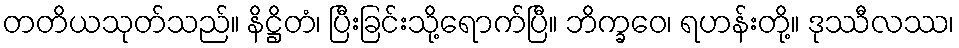
တတိယသုတ်သည်။ နိဋ္ဌိတံ၊ ပြီးခြင်းသို့ရောက်ပြီ။ ဘိက္ခဝေ၊ ရဟန်းတို့။ ဒုဿီလဿ၊